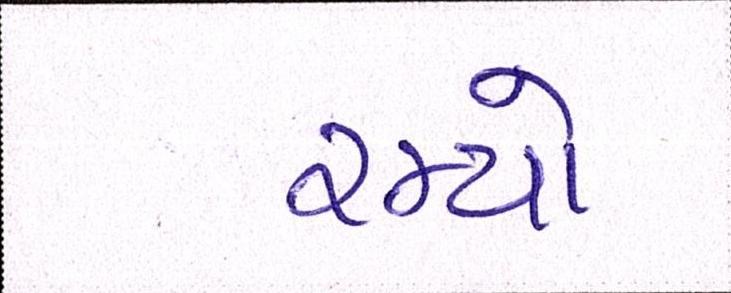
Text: રમ્યો